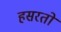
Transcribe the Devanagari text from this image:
हसरतों